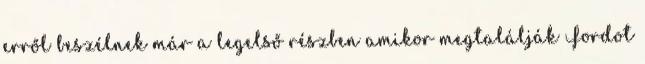
erről beszélnek már a legelső részben amikor megtalálják Fordot